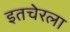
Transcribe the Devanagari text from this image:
इतचेरला